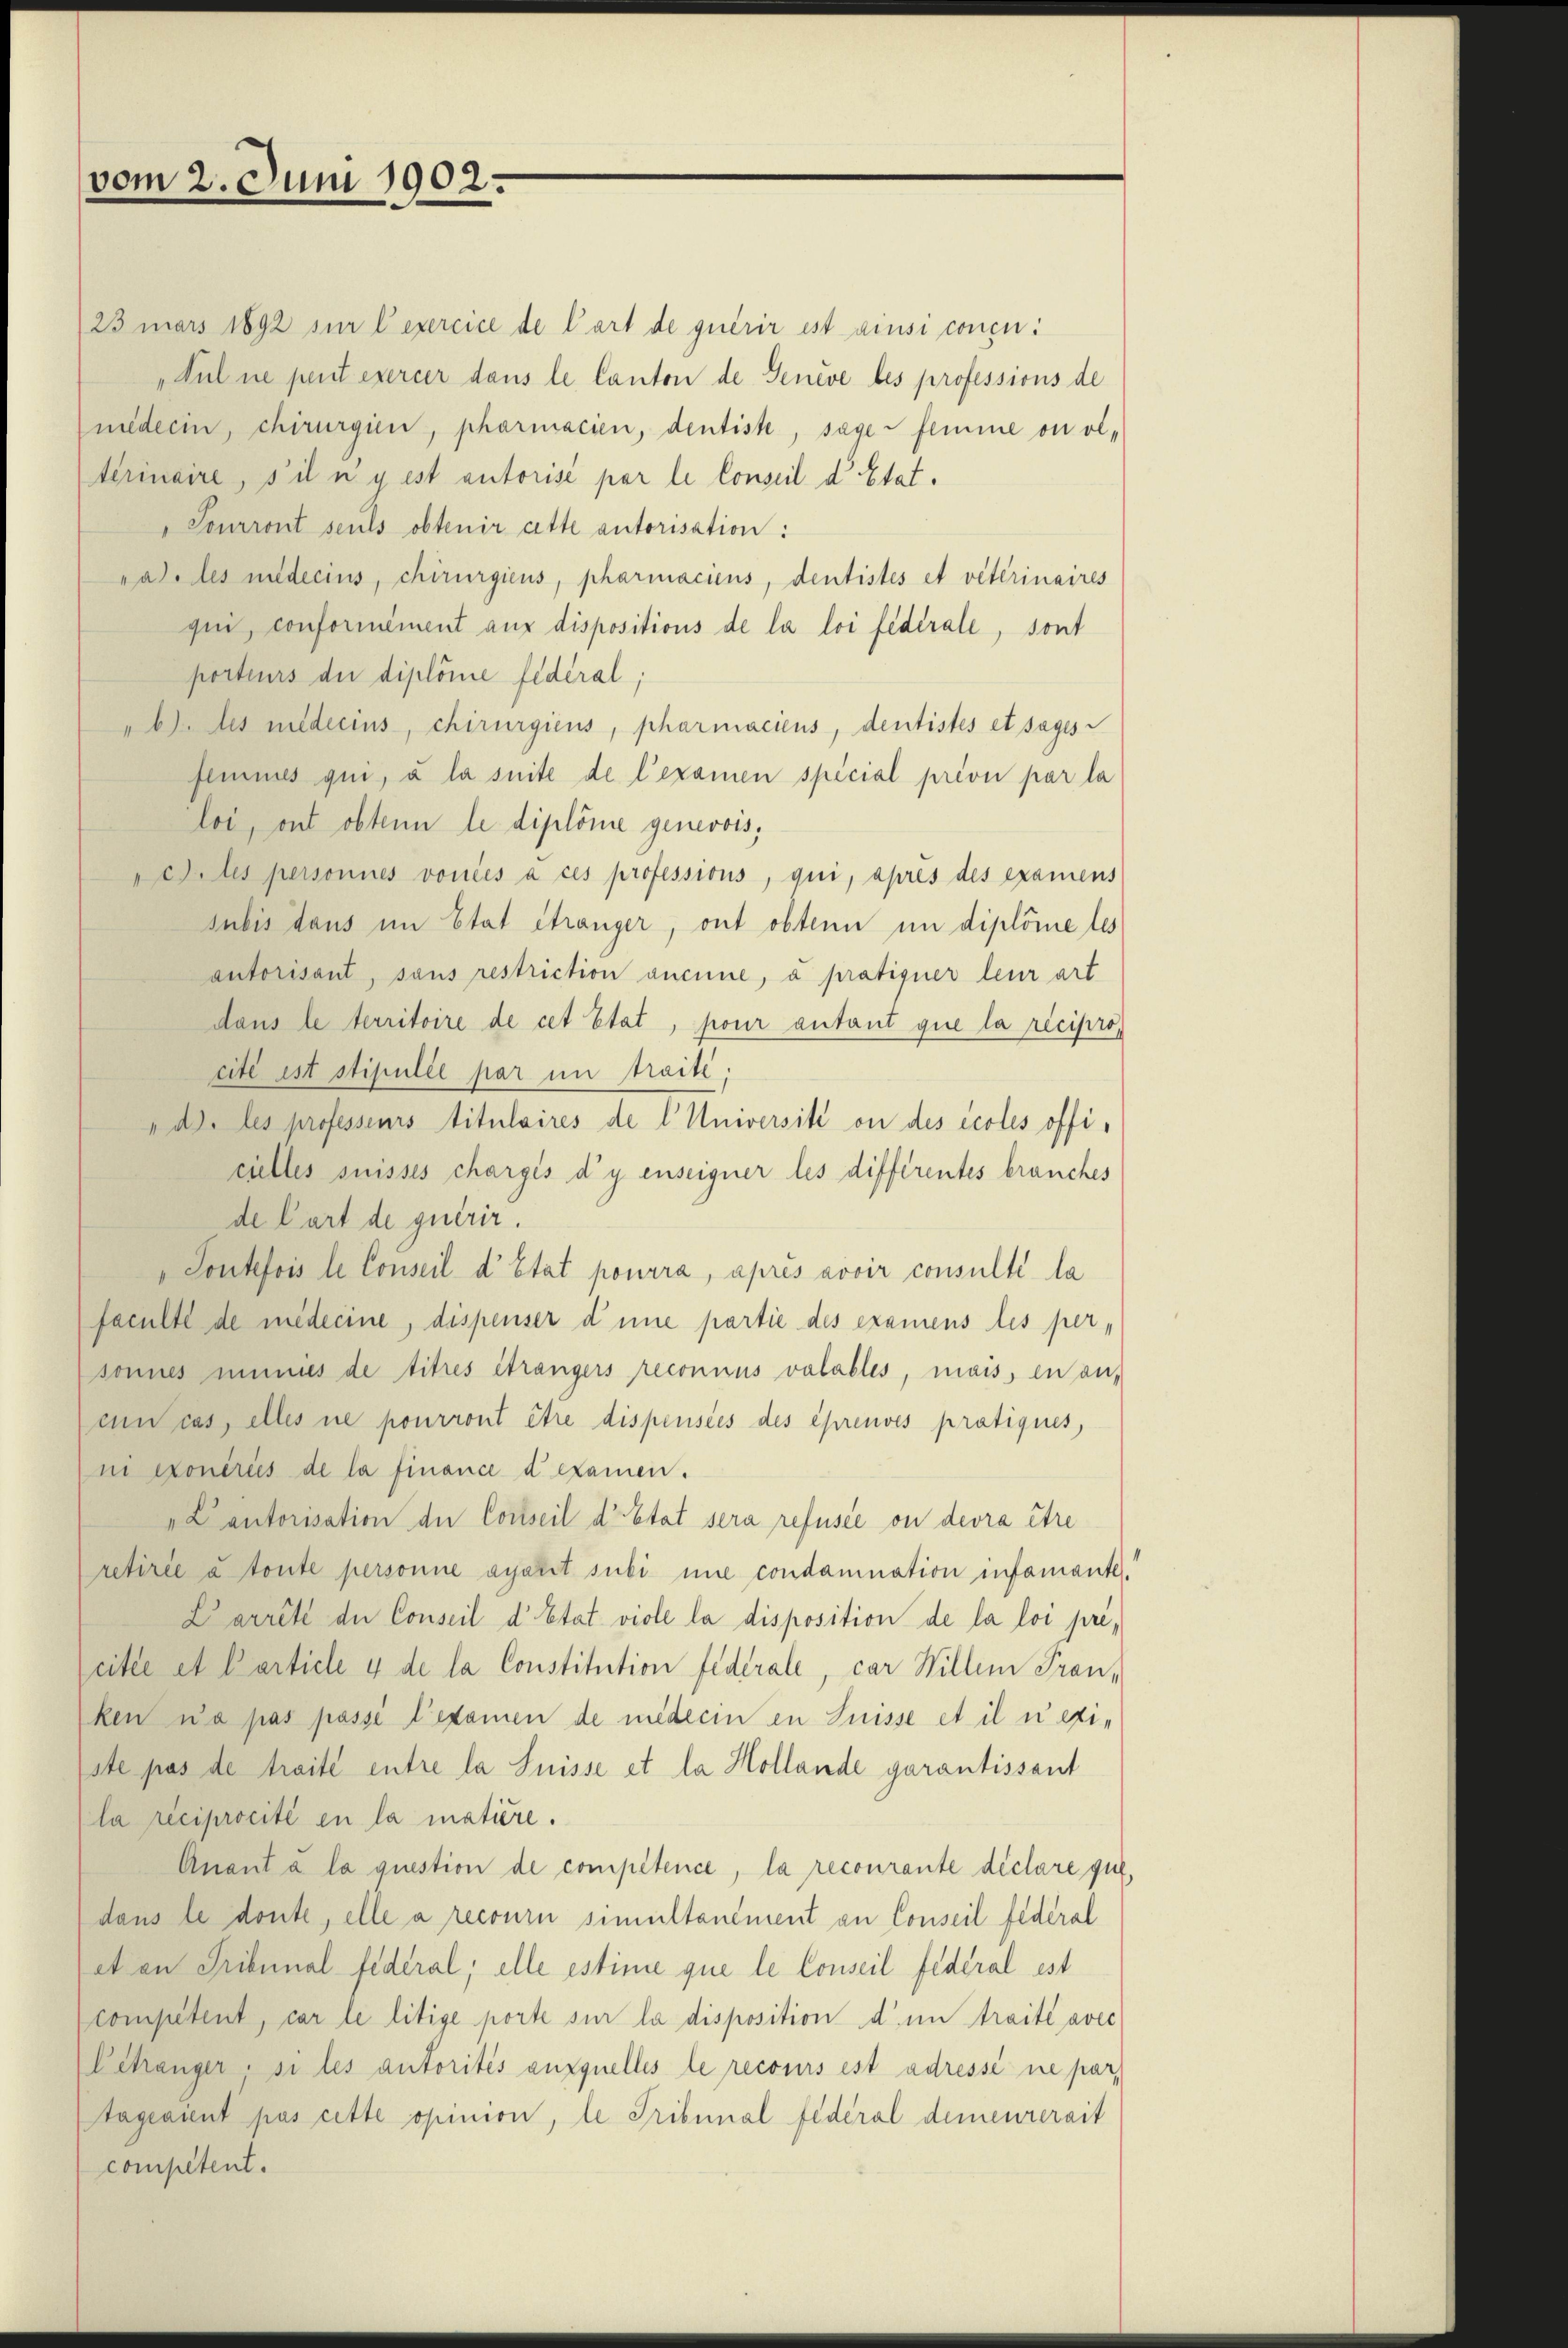
vom 2. Juni 1902.

23 mars 1892 sur l’exercice de Cart de quérir ist ainsi concu
„Nul ne peut exercer dans le Canton de Genève les professions de
niederin, chirurgien, pharmacien, dentiste, sage femme ou oltrinaire, s’il n’y est autorisé par le Conseil d’Etat.
"Tourront seuls obtenir atte autorisation:
rad des nidecins, chirurgiens, pharmaciens, dentistes et veterinaires
qui, conformément aus dispositions de la loi fédérale, sont
porteurs die diplome fédéral;
"b) des milderins, chirurgiens, pharmaciens, dentistes et sages
femmes qui, à la suite de l’examen special prévu par la
loi, ont obtenn le diplome genevois,
etiles personnes vouées à ces professions, qui, après des examens
subis dans im Etat Stranger, ont obtenn in diplome tes
autorisant, sans restriction aucune, à pratiquer leur art
dans le territoire de cet Etat, pour autant que la récipro
cité ist stipulée par im traité;
"d. les professours titulaires de l Universitz on des écoles officielles suisses chargés d’y enseigner les différentes brauches
de Cart de quérir.
" Soutefois le Conseil d’Etat pourra, après avoir consulté la
faculté de médecine, dispenser dene partie des examens les per-
sonnes immes de titres étrangers reconnus valables, mais, in auf
un cas, elles ne pourront être dispensées des épreuves pratiques,
ni exonérées de la finance d’examen.
" Cantorisation der Conseil d’Etat sera refusée ou devra être
retirée à toute personne aperit subi une condamnation infamante
Larrête de Conseil d’Etat viole la disposition de la loi précitée et Carticle 4 de la Constitution fidérale, car Willem Frau,
ken n’a pas passé l’examen de miederin in Suisse et il u eiste pas de traite entre la Suisse et la Hollande garantissant
la reciprocité en la matière.
Anant à la question de compétence, la recourante déclare que
dans le donte, elle a recourn simultanément an Conseil federal
et an Tribunal fédéral; elle estime que le Conseil Federal est
competent, car le litige porte sur la disposition d. in traité avec
Létranger, si les autorités auxquelles le recours est adressé ne par
tageaient pas cette opinion, le Tribunal fédéral demeurerait
competent.